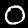
Label: 0